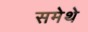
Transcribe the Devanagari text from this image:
समेथे